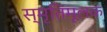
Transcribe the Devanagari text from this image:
स्मृतिमूलक